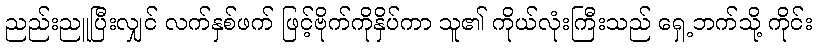
ညည်းညူပြီးလျှင် လက်နှစ်ဖက် ဖြင့်ဗိုက်ကိုနှိပ်ကာ သူ၏ ကိုယ်လုံးကြီးသည် ရှေ့ဘက်သို့ ကိုင်း